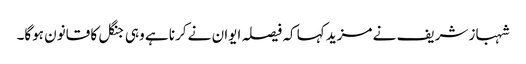
شہباز شریف نے مزید کہا کہ فیصلہ ایوان نے کرنا ہے وہی جنگل کا قانون ہوگا۔